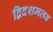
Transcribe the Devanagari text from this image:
द्विदशमलव